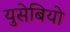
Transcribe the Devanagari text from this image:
युसेबियो